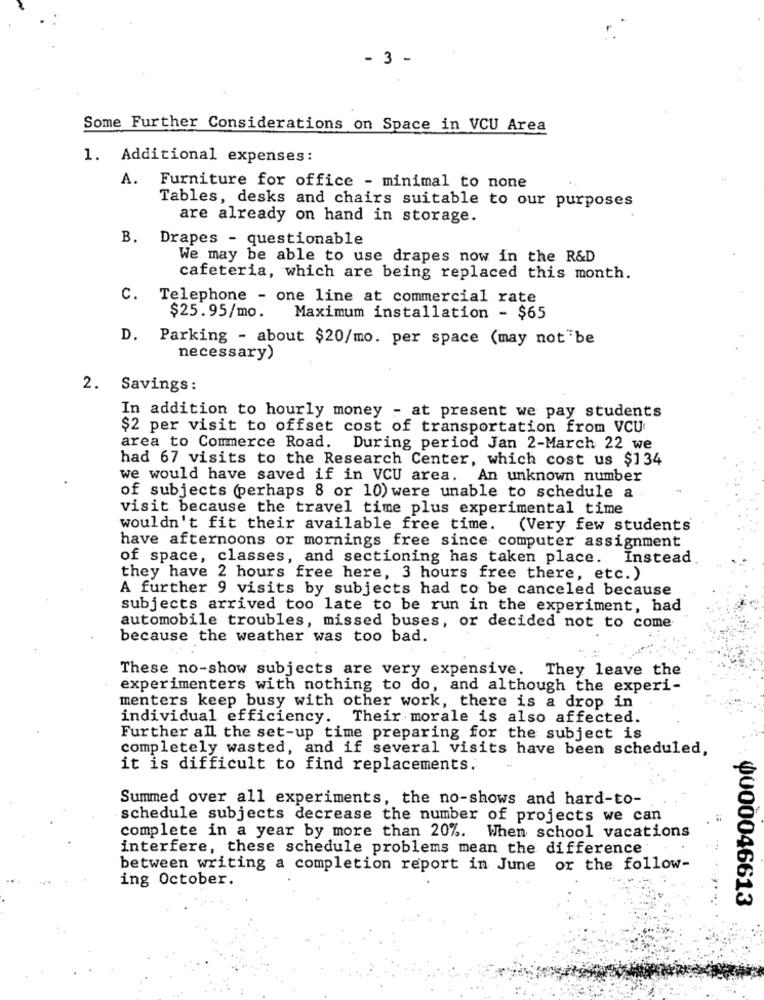
- 3 -
Some Further Considerations on Space in VCU Area
1. Additional expenses:
A. Furniture for office - minimal to none
Tables, desks and chairs suitable to our purposes
are already on hand in storage.
B. Drapes - questionable
We may be able to use drapes now in the R&D
cafeteria, which are being replaced this month.
C. Telephone - one line at commercial rate
$25.95/mo.
Maximum installation - $65
D. Parking - about $20/mo. per space (may not"be
necessary)
2. Savings:
In addition to hourly money - at present we pay students
$2 per visit to offset cost of transportation from VCU
area to Commerce Road. During period Jan 2-March 22 we
had 67 visits to the Research Center, which cost us $134
we would have saved if in VCU area. An unknown number
of subjects (perhaps 8 or 10) were unable to schedule a
visit because the travel time plus experimental time
wouldn't fit their available free time.
(Very few students
have afternoons or mornings free since computer assignment
of space, classes, and sectioning has taken place. Instead
they have 2 hours free here, 3 hours free there, etc.)
A further 9 visits by subjects had to be canceled because
subjects arrived too late to be run in the experiment, had
automobile troubles, missed buses, or decided not to come
because the weather was too bad.
These no-show subjects are very expensive. They leave the
experimenters with nothing to do, and although the experi-
menters keep busy with other work, there is a drop in
individual efficiency. Their morale is also affected.
Further all the set-up time preparing for the subject is
completely wasted, and if several visits have been scheduled,
it is difficult to find replacements.
Summed over all experiments, the no-shows and hard-to-
schedule subjects decrease the number of projects we can
complete in a year by more than 20%. When school vacations
interfere, these schedule problems mean the difference
between writing a completion report in June or the follow-
ing October.
0000046613